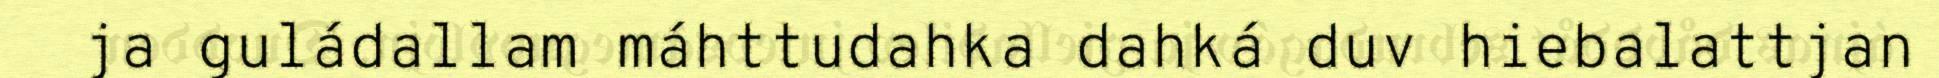
ja guládallam máhttudahka dahká duv hiebalattjan